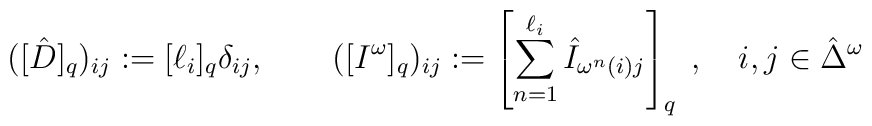
([\hat{D}]_{q})_{ij}:=[\ell _{i}]_{q}\delta _{ij},\quad \quad ([I^{\omega}]_{q})_{ij}:=\left[ \sum_{n=1}^{\ell _{i}}\hat{I}_{\omega ^{n}(i)j}\right]_{q}\;,\quad i,j\in \hat{\Delta}^{\omega }